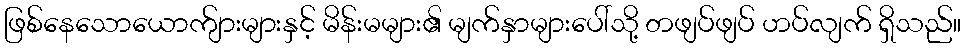
ဖြစ်နေသောယောက်ျားများနှင့် မိန်းမများ၏ မျက်နှာများပေါ်သို့ တဖျပ်ဖျပ် ဟပ်လျက် ရှိသည်။